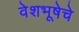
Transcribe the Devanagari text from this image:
वेशभूषेचे